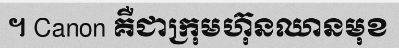
។ Canon គឺជាក្រុមហ៊ុនឈានមុខ